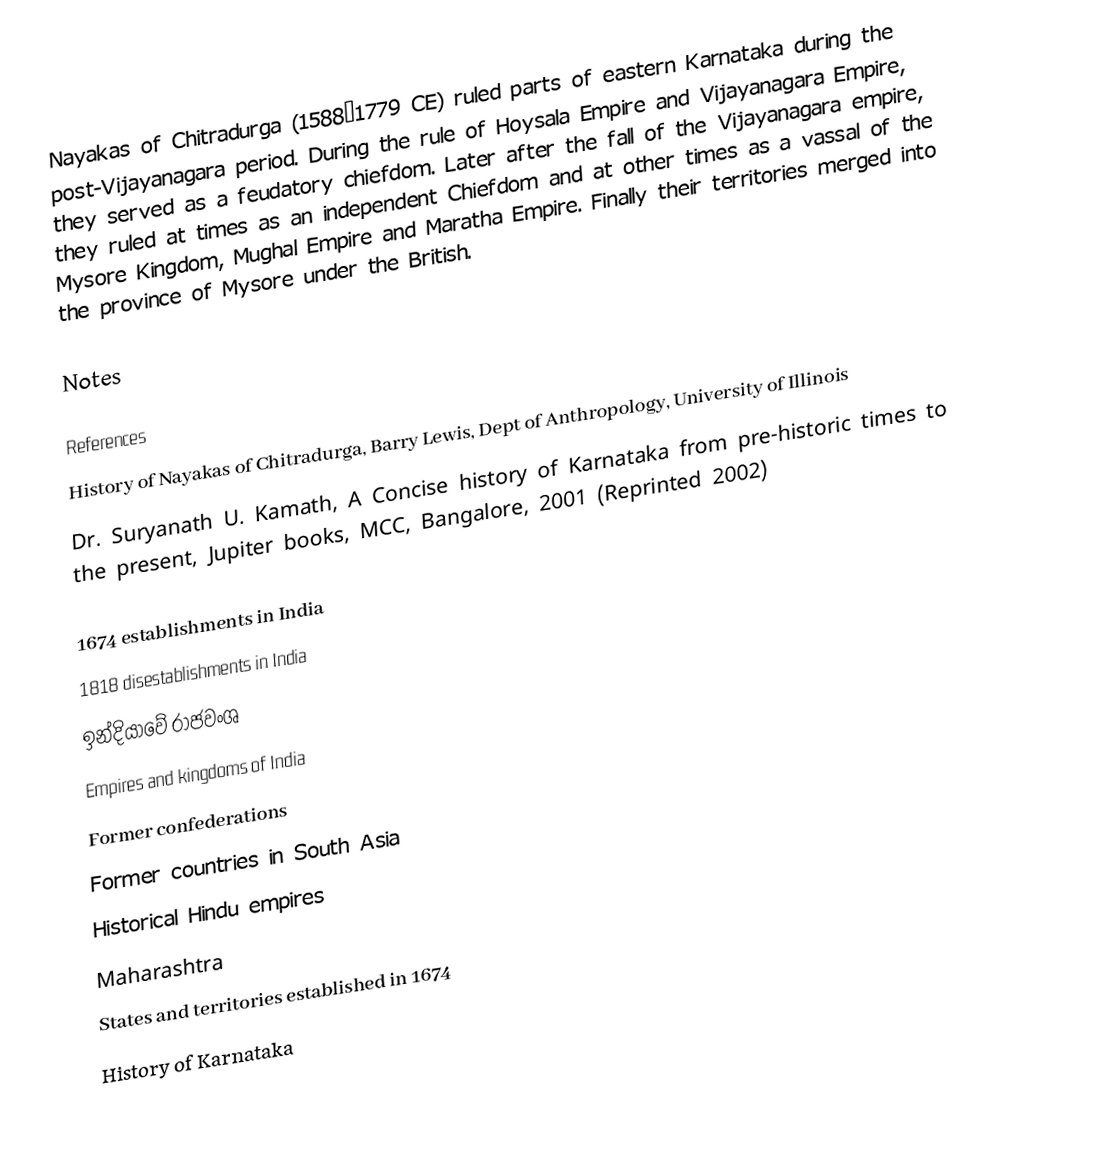
Nayakas of Chitradurga (1588–1779 CE) ruled parts of eastern Karnataka during the post-Vijayanagara period. During the rule of Hoysala Empire and Vijayanagara Empire, they served as a feudatory chiefdom. Later after the fall of the Vijayanagara empire, they ruled at times as an independent Chiefdom and at other times as a vassal of the Mysore Kingdom, Mughal Empire and Maratha Empire. Finally their territories merged into the province of Mysore under the British.

Notes

References
History of Nayakas of Chitradurga, Barry Lewis, Dept of Anthropology, University of Illinois
Dr. Suryanath U. Kamath, A Concise history of Karnataka from pre-historic times to the present, Jupiter books, MCC, Bangalore, 2001 (Reprinted 2002)

1674 establishments in India
1818 disestablishments in India
ඉන්දියාවේ රාජවංශ
Empires and kingdoms of India
Former confederations
Former countries in South Asia
Historical Hindu empires
Maharashtra
States and territories established in 1674
History of Karnataka